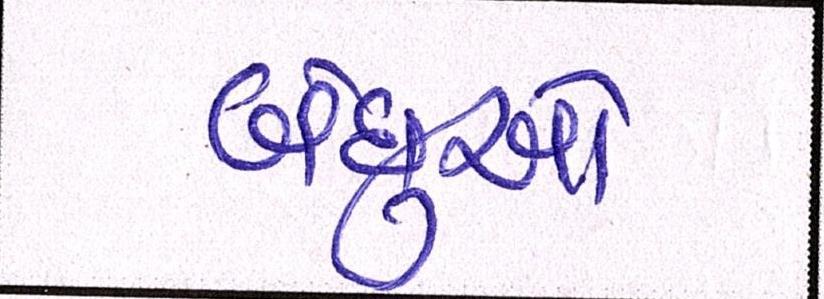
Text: બંધુઓ